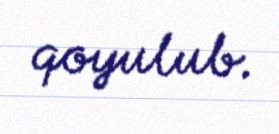
qoyulub.